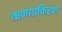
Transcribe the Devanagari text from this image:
ऋणाग्रकिरण